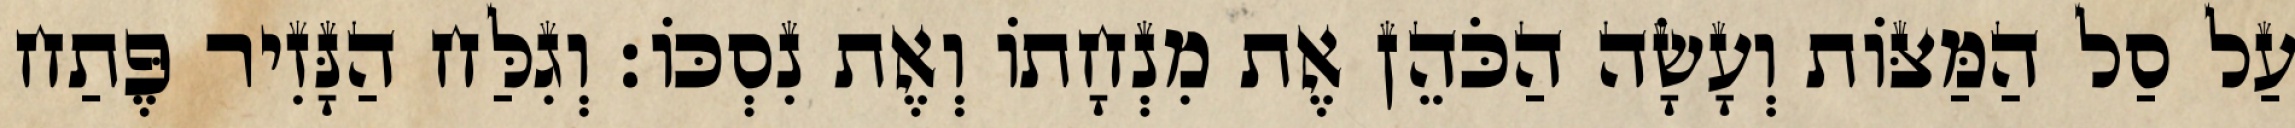
עַל סַל הַמַּצּוֹת וְעָשָׂה הַכֹּהֵן אֶת מִנְחָתוֹ וְאֶת נִסְכּוֹ׃ וְגִלַּח הַנָּזִיר פֶּתַח